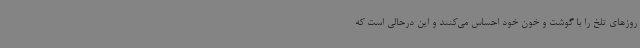
روزهای تلخ را با گوشت و خون خود احساس می‌کنند و این درحالی است که